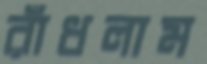
রাঁধলাম